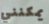
يمكنني